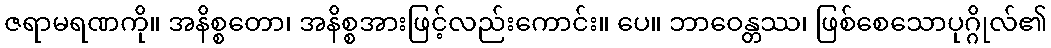
ဇရာမရဏကို။ အနိစ္စတော၊ အနိစ္စအားဖြင့်လည်းကောင်း။ ပေ။ ဘာဝေန္တဿ၊ ဖြစ်စေသောပုဂ္ဂိုလ်၏